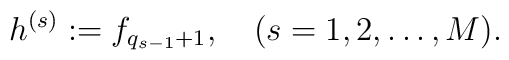
h^{(s)} := f_{q_{s-1}+1}, \quad (  s=1,2,\dots,M ).